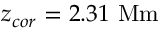
z _ { c o r } = 2 . 3 1 \ \mathrm { M m }